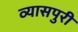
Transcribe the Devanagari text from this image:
व्यासपुरी